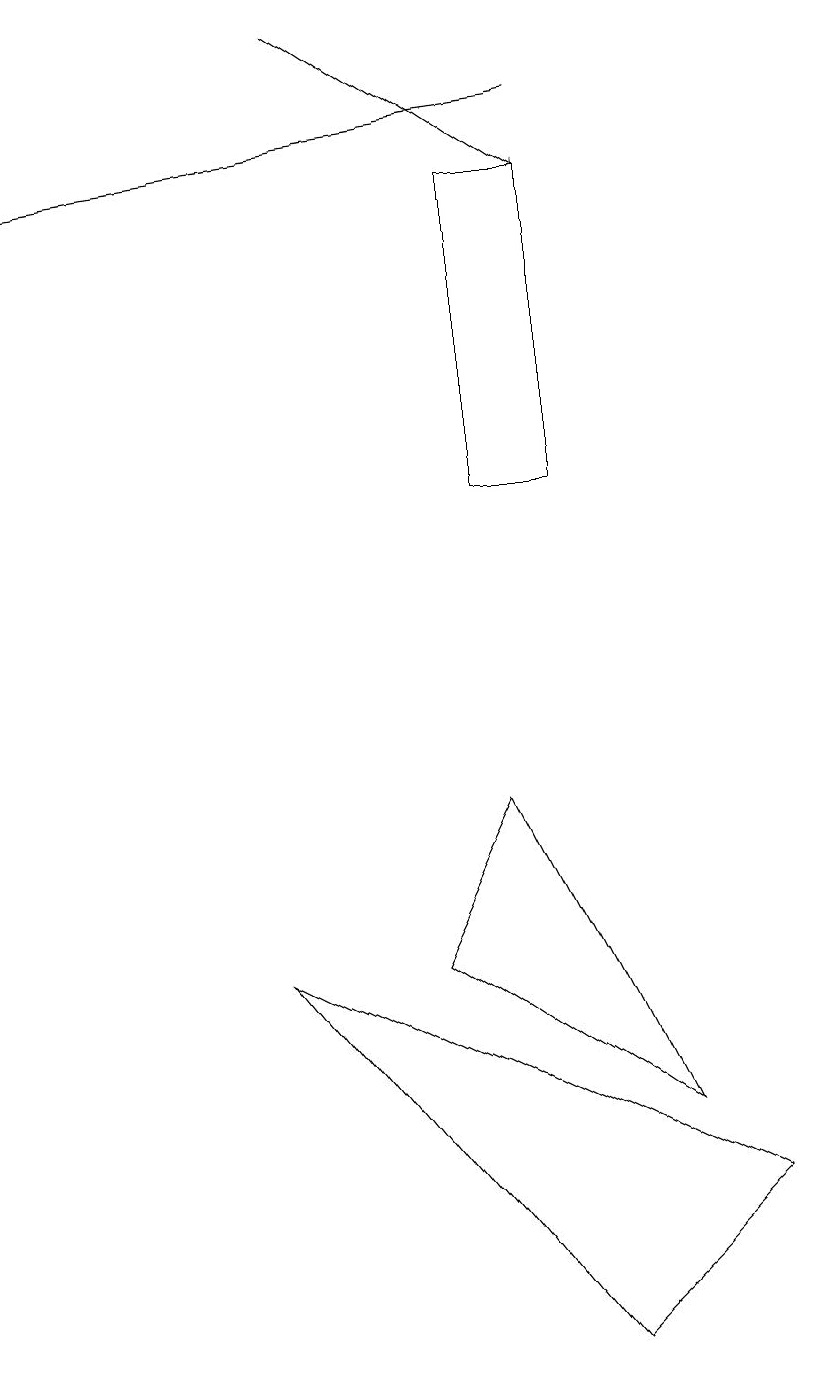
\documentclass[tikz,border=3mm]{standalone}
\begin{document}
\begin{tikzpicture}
\draw (8,4) -- (6,8) -- (5,6) -- cycle;
\draw[->] (7,17) -- (0,16);
\draw[->] (4,18) -- (7,16);
\draw (6,12) rectangle (7,16);
\draw (3,6) -- (7,1) -- (9,3) -- cycle;
\draw (10,11) circle (0);
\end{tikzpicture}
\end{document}